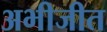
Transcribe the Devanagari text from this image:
अभीजीत